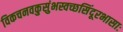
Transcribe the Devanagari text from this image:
विकचनवकुसुंभस्वच्छसिंदूरभासाः